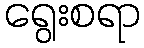
ရွေးစရာ